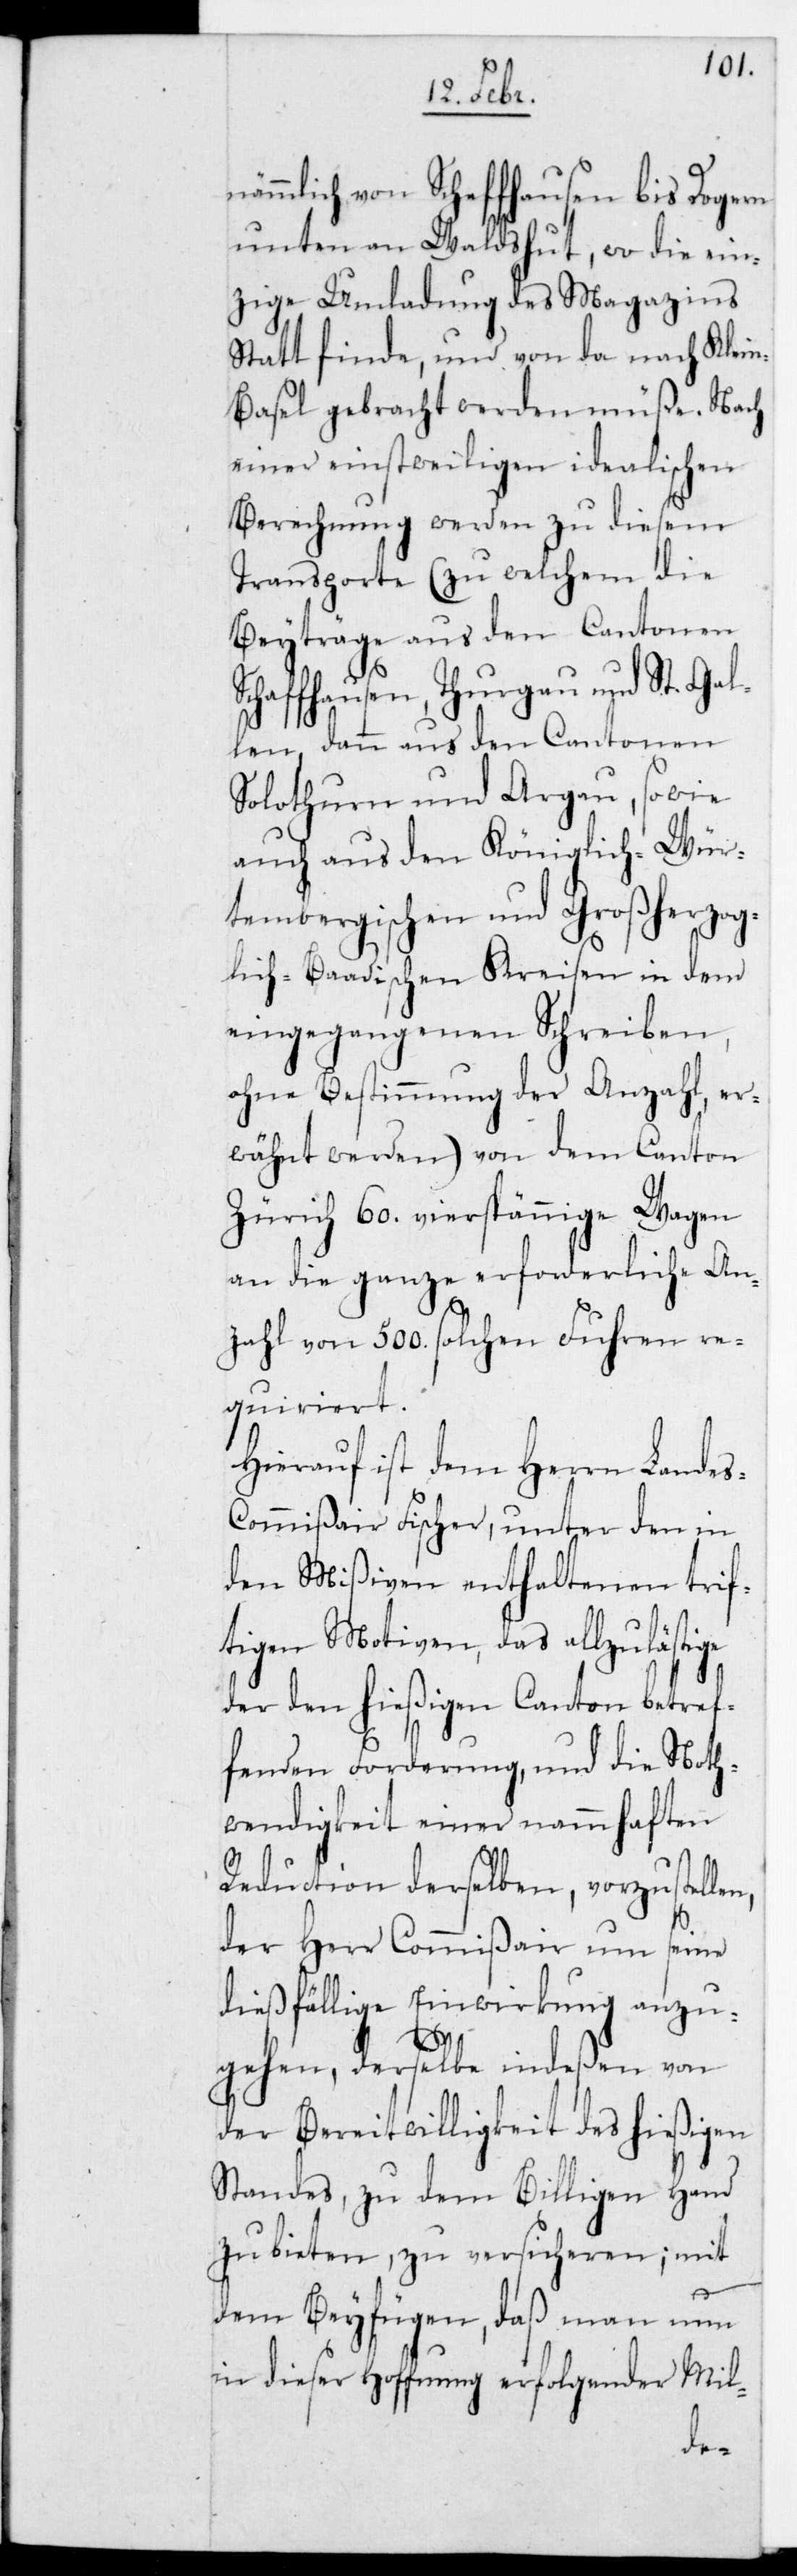
nämmlich von Schaffhausen bis Dogern
unten an Waldshut, wo die ein¬
zige Umladung des Magazins
stattfinde, und von da nach Klei¬
n-Basel gebracht werden müße. Nach
einer einstweiligen idealischen
Berechnung werden zu diesem
Transporte (zu welchem die
Beyträge aus den Cantonen
Schaffhausen, Thurgau und St. Gal¬
len, dann aus den Cantonen
Solothurn und Argau, sowie
auch aus den Königlich-Wür¬
tembergischen und Großerzog¬
lich-Baadischen Kreisen in dem
eingegangenen Schreiben,
ohne Bestimmung der Anzahl, er¬
wähnt werden) von dem Canton
Zürich 60. vierspännige Wagen
an die ganze erforderliche An¬
zahl von 500. solchen Fuhren re¬
quiriert.
Hierauf ist dem Herrn Lande¬
ommißair Fischer, unter den in
den Mißiven enthaltenen trif¬
tigen Motiven, das allzulästige
der den hießigen Canton betref¬
fenden Forderung, und die Noth¬
wendigkeit einer nammhaften
Reduction derselben, vorzustel¬
der Herr Commißair um seine
dießfällige Einwirkung anzu¬
gehen, derselbe indeßen von
der Bereitwilligkeit des hießigen
Standes, zu dem Billigen Hand
zu bieten, zu versicheren; mit
dem Beyfügen, daß man nun
in dieser Hoffnung erfolgender Mil-
len,